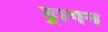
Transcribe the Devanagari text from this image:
ड्रागन